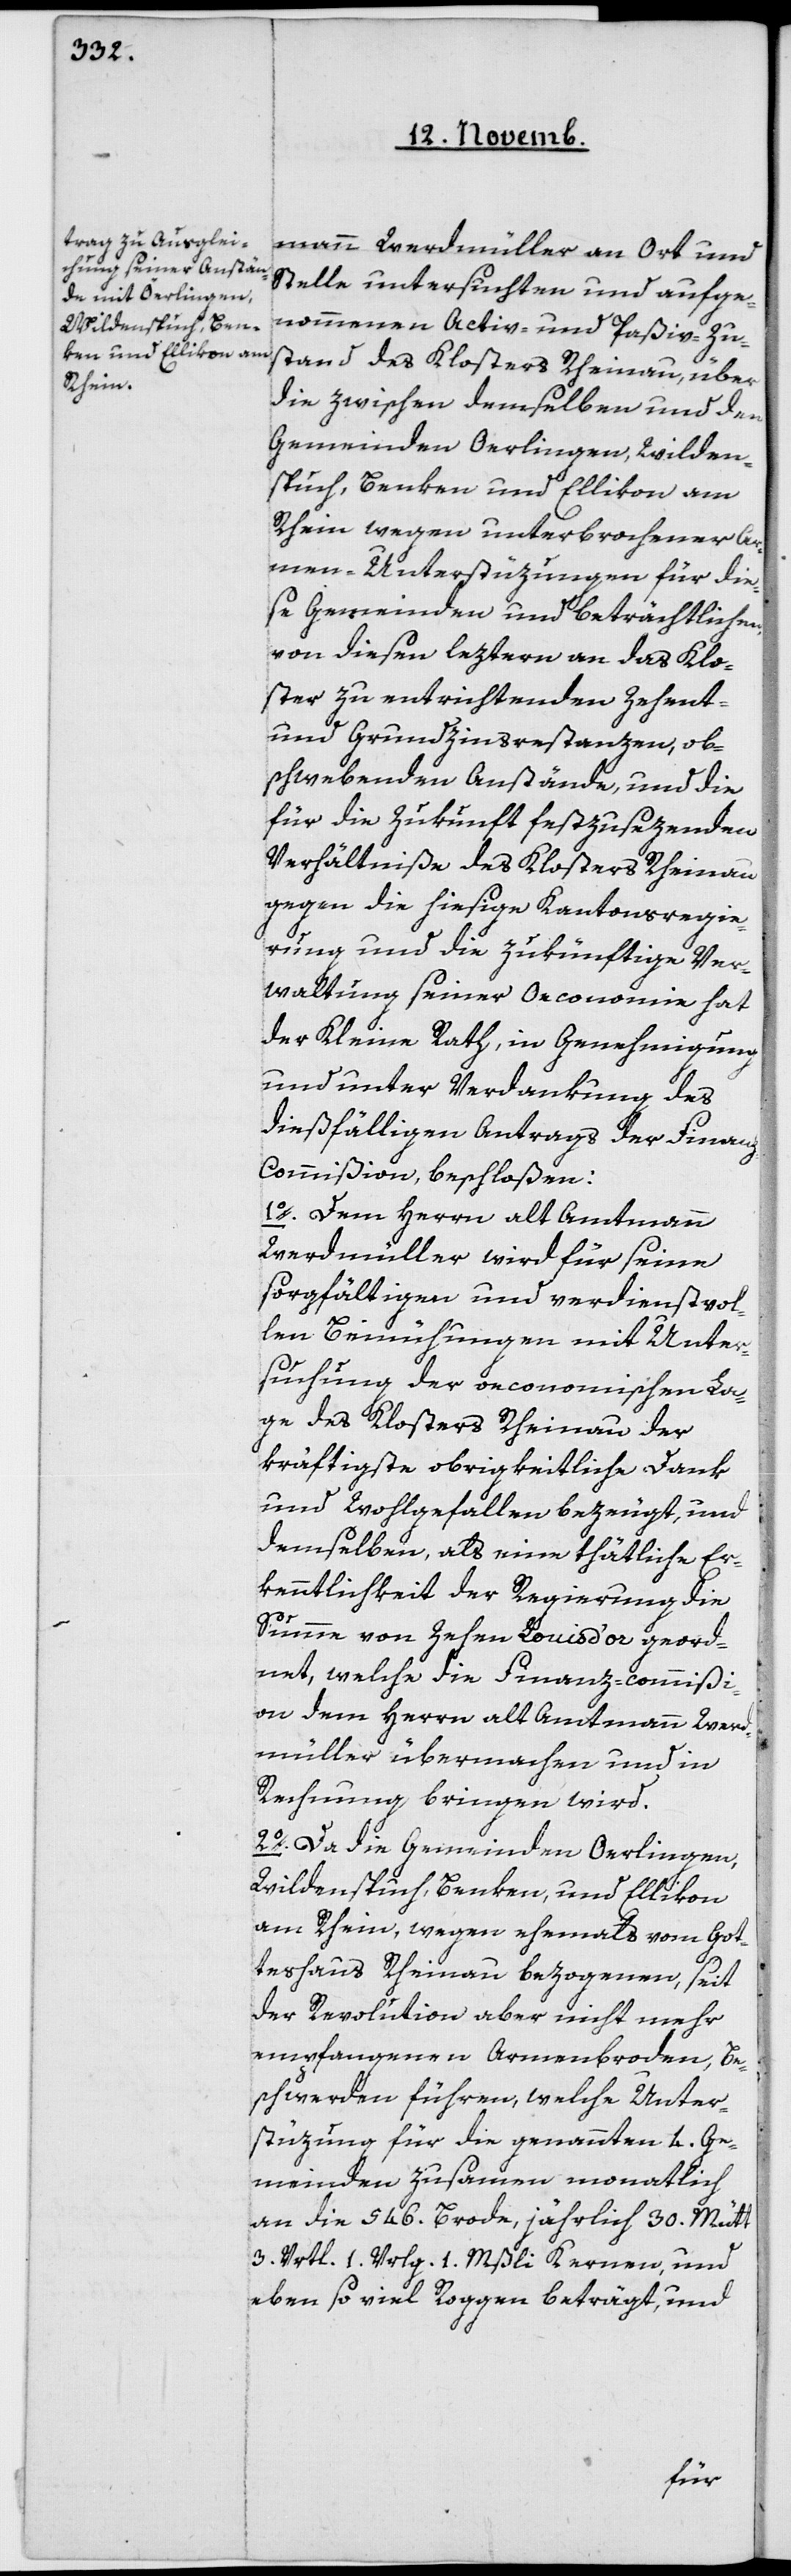
mann Werdmüller an Ort und
Stelle untersuchten und aufge¬
nommenen Activ- und Paßiv-Zu¬
stand des Klosters Rheinau, über
die zwischen demselben und den
Gemeinden Oerlingen, Wilden¬
spuch, Benken und Ellikon am
Rhein wegen unterbrochener Ar¬
men-Unterstüzungen für die¬
se Gemeinden und beträchtlichen,
von diesen leztern an das Klo¬
ster zu entrichtenden Zehent-
und Grundzinsrestanzen ob¬
schwebenden Anstände, und die
für die Zukunft festzusezenden
Verhältniße des Klosters Rheinau
gegen die hiesige Kantonsregie¬
rung und die zukünftige Ver¬
waltung seiner Oeconomie hat
der Kleine Rath, in Genehmigung
und unter Verdankung des
dießfälligen Antrags der Finan¬
z-Commißion beschloßen:
1o Dem Herrn alt Amtmann
Werdmüller wird für seine
sorgfältigen und verdienstvol¬
len Bemühungen mit Unter¬
suchung der oeconomischen La¬
ge des Klosters Rheinau der
kräftigste obrigkeitliche Dank
und Wohlgefallen bezeugt, und
demselben, als eine thätliche Er¬
kenntlichkeit der Regierung die
Summe von Zehen Louis d’or geord¬
net, welche die Finanz-commißi¬
on dem Herrn alt Amtmann Werd¬
müller übermachen und in
Rechnung bringen wird.
2o Da die Gemeinden Oerlingen,
Wildenspuch, Benken, und Ellikon
am Rhein wegen ehemals vom Got¬
teshaus Rheinau bezogenen, seit
der Revolution aber nicht mehr
empfangenen Armenbroden, Be¬
schwerden führen, welche Unter¬
stüzung für die genannten 4 Ge¬
meinden zusamen monatlich
an die 546 Brode, jährlich 30 Mütt,
3 Vrtl., 1 Vrlg., ein Mßli Kernen, und
eben so viel Roggen beträgt, und